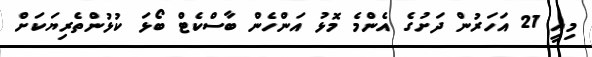
މިއީ 21 އަހަރުން ދަށުގެ އެންމެ މޮޅު އަންހެން ބާސްކެޓް ބޯޅަ ކުޅުންތެރިޔަކަށް